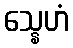
သ္နေဟံ